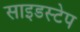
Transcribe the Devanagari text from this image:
साइडस्टेप